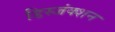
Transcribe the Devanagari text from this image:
डिस्जंक्शन